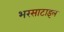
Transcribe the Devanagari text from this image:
भरसाटाइल